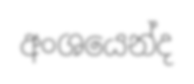
අංශයෙන්ද